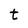
Character: t